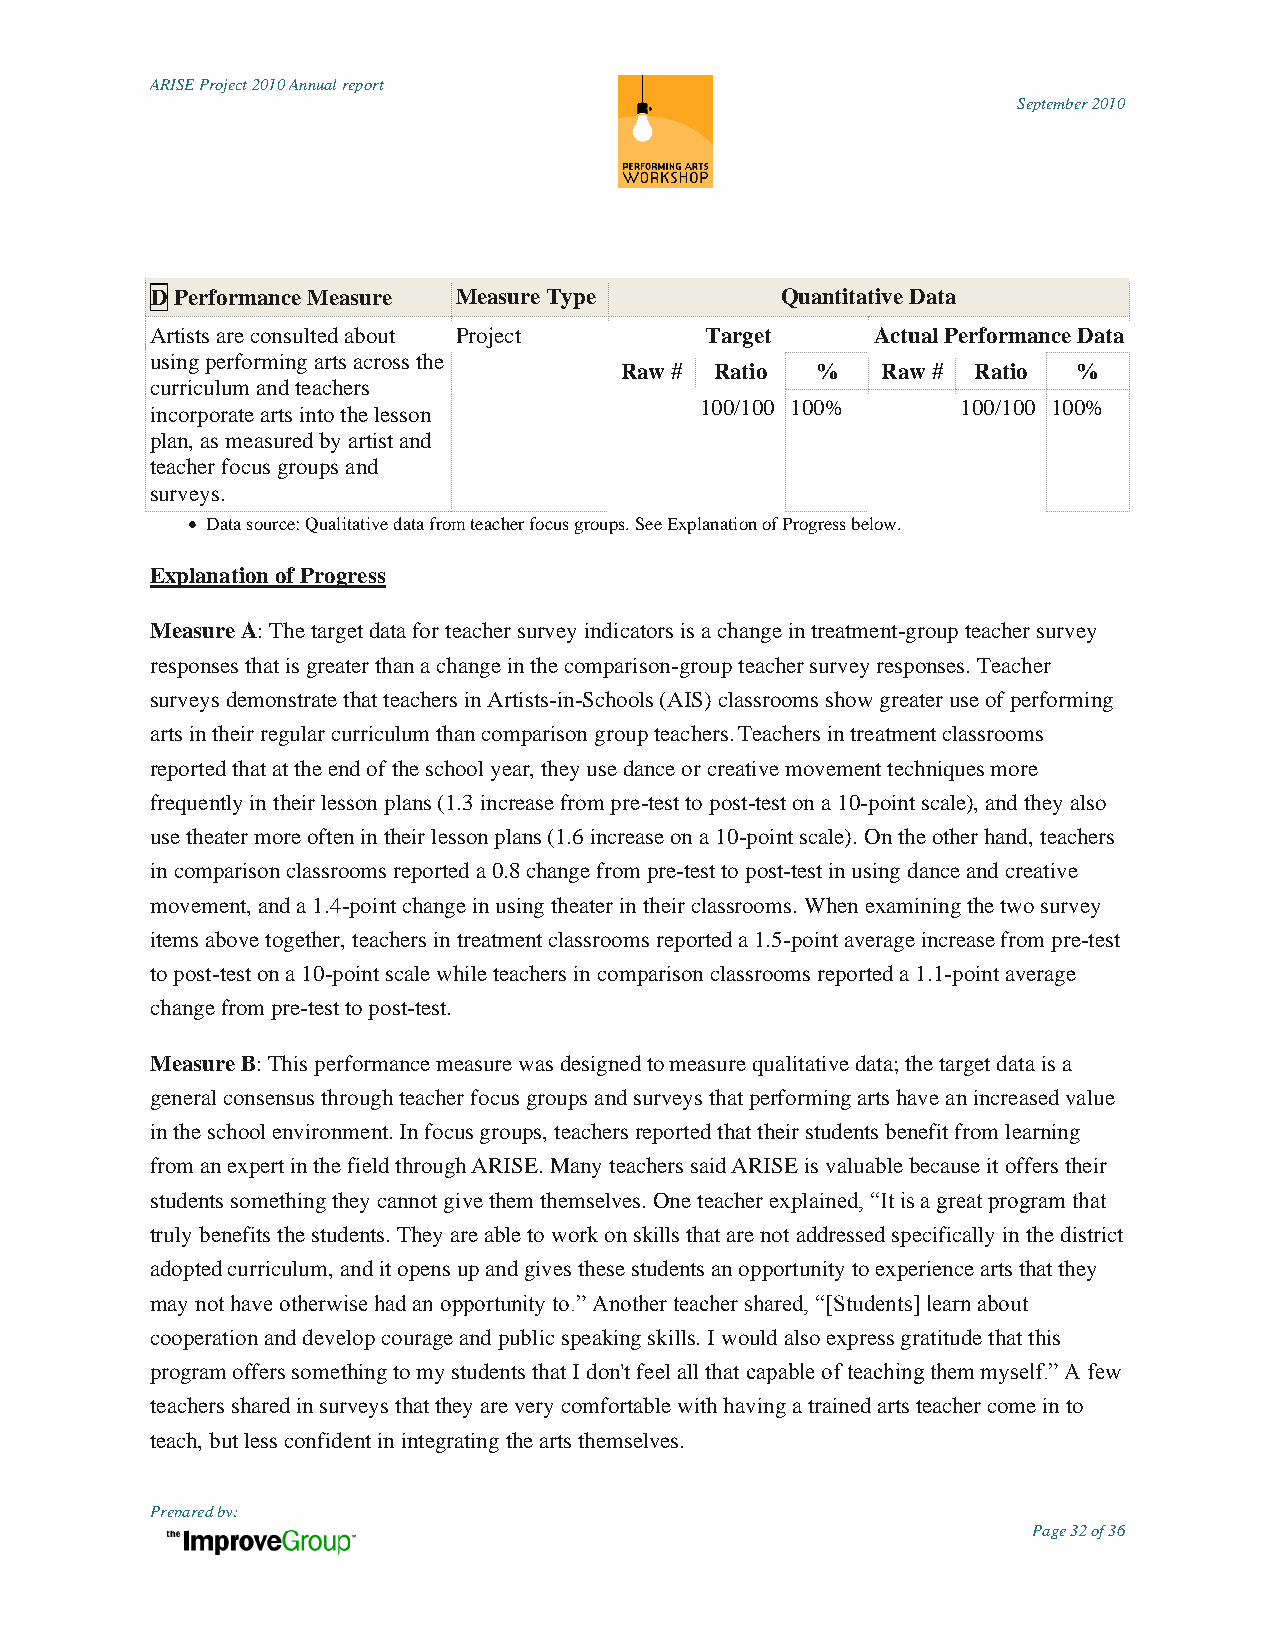
ARISE Project 2010 Annual report
 September 2010
 D Performance Measure Measure Type        Quantitative Data
 Artists are consulted about Project  Target     Actual Performance Data
 using performing arts across the
 Raw # Ratio  %   Raw #  Ratio %
 curriculum and teachers
 100/100 100%      100/100 100%
 incorporate arts into the lesson
 plan, as measured by artist and
 teacher focus groups and
 surveys.
  Data source: Qualitative data from teacher focus groups. See Explanation of Progress below.
 Explanation of Progress
 Measure A: The target data for teacher survey indicators is a change in treatment-group teacher survey
 responses that is greater than a change in the comparison-group teacher survey responses. Teacher
 surveys demonstrate that teachers in Artists-in-Schools (AIS) classrooms show greater use of performing
 arts in their regular curriculum than comparison group teachers. Teachers in treatment classrooms
 reported that at the end of the school year, they use dance or creative movement techniques more
 frequently in their lesson plans (1.3 increase from pre-test to post-test on a 10-point scale), and they also
 use theater more often in their lesson plans (1.6 increase on a 10-point scale). On the other hand, teachers
 in comparison classrooms reported a 0.8 change from pre-test to post-test in using dance and creative
 movement, and a 1.4-point change in using theater in their classrooms. When examining the two survey
 items above together, teachers in treatment classrooms reported a 1.5-point average increase from pre-test
 to post-test on a 10-point scale while teachers in comparison classrooms reported a 1.1-point average
 change from pre-test to post-test.
 Measure B: This performance measure was designed to measure qualitative data; the target data is a
 general consensus through teacher focus groups and surveys that performing arts have an increased value
 in the school environment. In focus groups, teachers reported that their students benefit from learning
 from an expert in the field through ARISE. Many teachers said ARISE is valuable because it offers their
 students something they cannot give them themselves. One teacher explained, “It is a great program that
 truly benefits the students. They are able to work on skills that are not addressed specifically in the district
 adopted curriculum, and it opens up and gives these students an opportunity to experience arts that they
 may not have otherwise had an opportunity to.” Another teacher shared, “[Students] learn about
 cooperation and develop courage and public speaking skills. I would also express gratitude that this
 program offers something to my students that I don't feel all that capable of teaching them myself.” A few
 teachers shared in surveys that they are very comfortable with having a trained arts teacher come in to
 teach, but less confident in integrating the arts themselves.
 Prepared by:
 Page 32 of 36